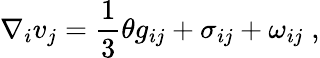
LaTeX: \nabla_{i}v_{j}=\frac{1}{3}\theta g_{ij}+\sigma_{ij}+{\omega}_{ij}\; ,